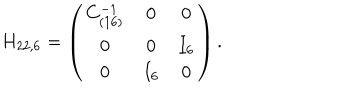
H _ { 2 2 , 6 } = \left( \begin{array} { c c c } { { C _ { ( 1 6 ) } ^ { - 1 } } } & { { 0 } } & { { 0 } } \\ { { 0 } } & { { 0 } } & { { I _ { 6 } } } \\ { { 0 } } & { { I _ { 6 } } } & { { 0 } } \\ \end{array} \right) .